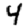
Digit: 4